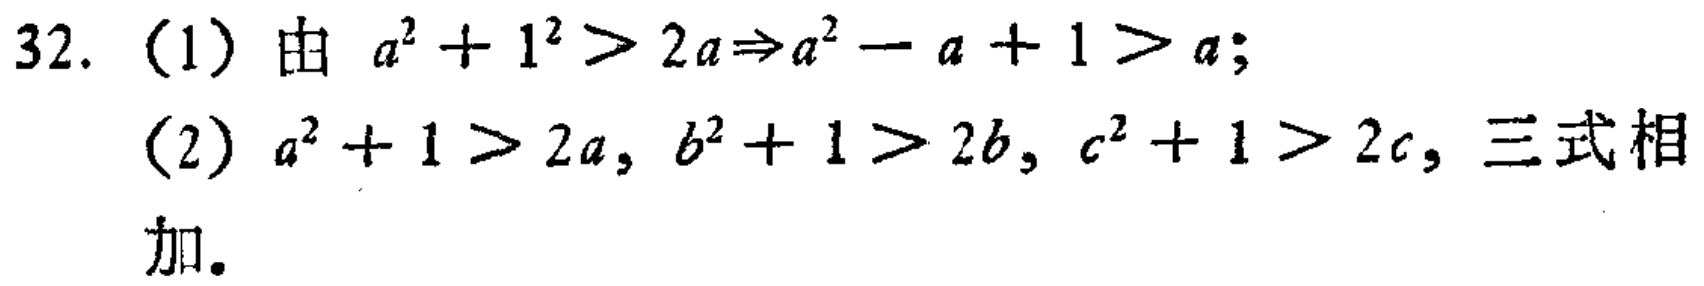
32. （1）由 \(a^{2}+1^{2}>2a\Rightarrow a^{2}-a + 1>a\);
（2）\(a^{2}+1>2a\), \(b^{2}+1>2b\), \(c^{2}+1>2c\), 三式相加。